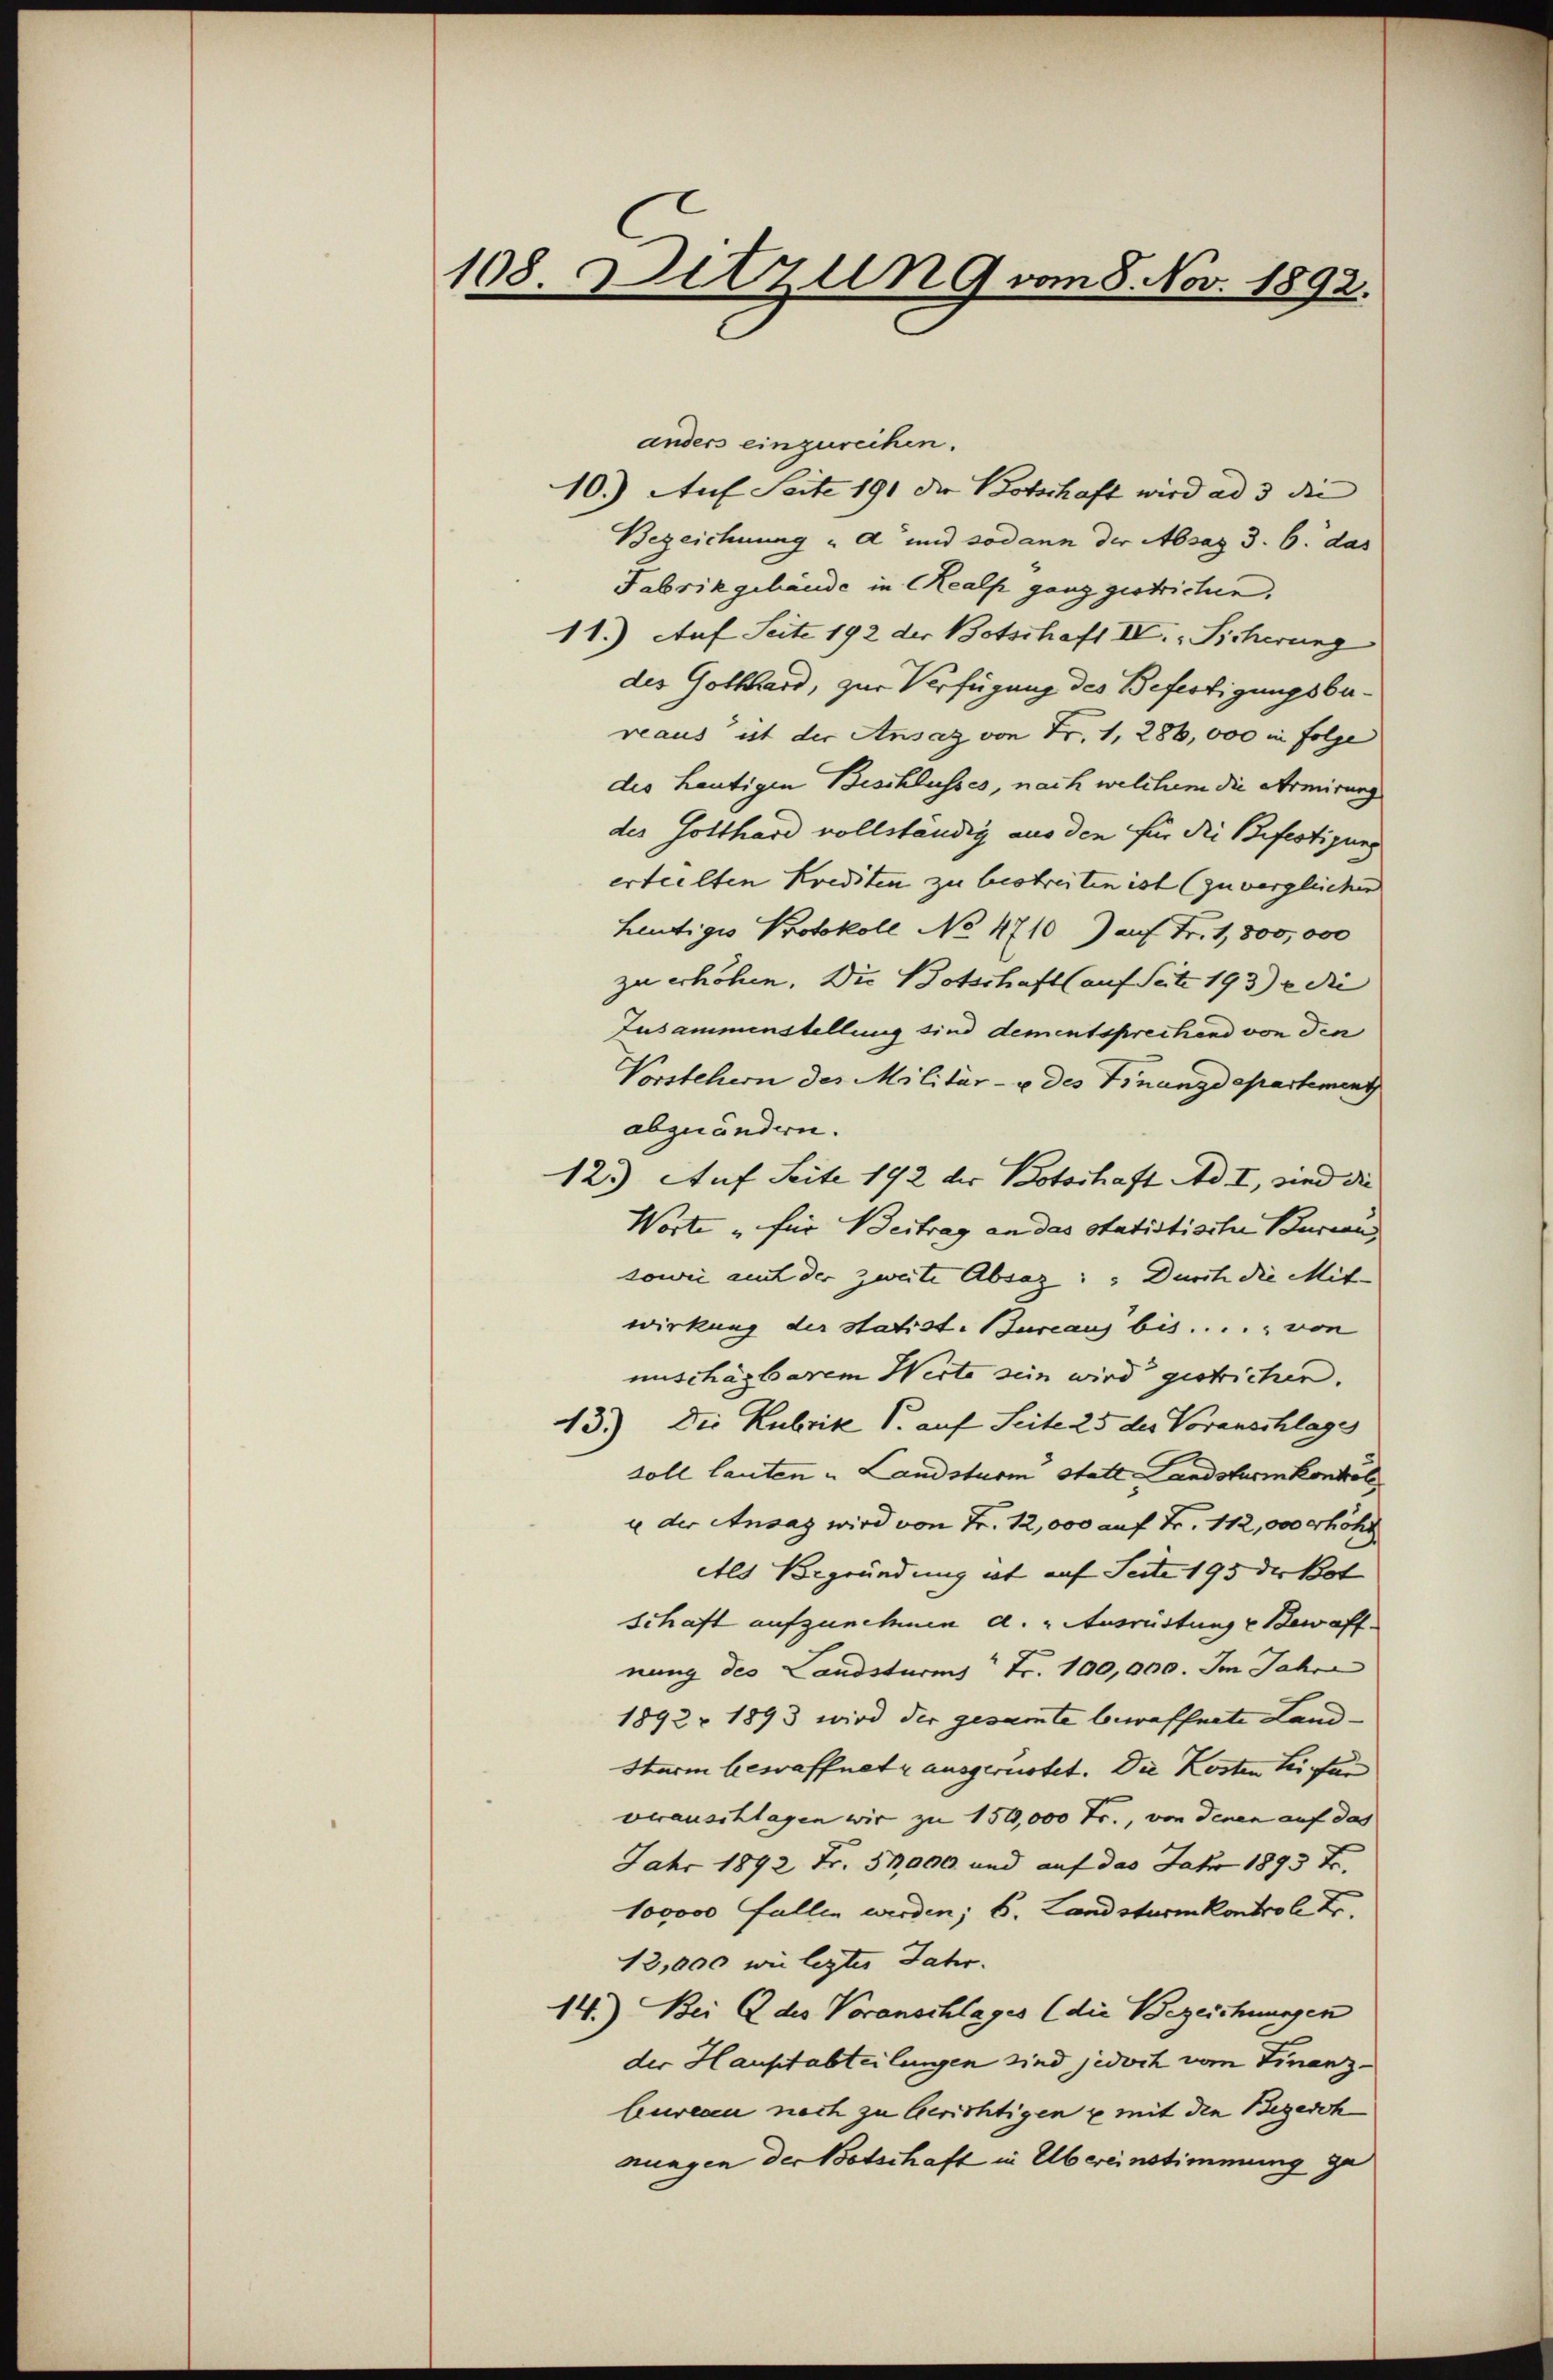
108. Detzun 9 vom 8. Nov. 1892.

anders einzureihen.
10.) Auf Seite 191 die Botschaft wird ad 3 die |
Bezeichnung "A und sodann der Absag 3. 6. das
Fabrikgebäude in (Realp ganz gestrichen,
11.) Auf Seite 192 der Botschaft IV., Sicherung
des Gotthard, zur Verfügung des Befertigungsbereaus ist der Ansaz von Fr. 1, 286,000 in Folge
des heutigen Beschlusses, nach welchem die Armirung
des Gotthard vollständig aus den für die Befestigung
erteilten Krediten zu bestreiten ist (zu vergleichen
heutiges Protokoll No 4710) auf Fr. 1,800,000
zu erhöhen. Die Botschaft (auf Seite 193) die
Zusammenstellung sind dementsprechend von den
Vorstehern des Militär- u des Finanzdepartement
abgeändern.
12.) Auf Seite 192 der Botschaft Ad I, sind die
Worte „für Beitrag an das statistische Bureau
sowie auf der zweite Absaz: Durch die Mit-
wirkung der statist. Bureaus bis . . . . . von
muschagbarem Werte sein wird gestrichen.
43.) Die Kubrike V. auf Seite 25 des Voranschlage
soll lauten u. Landsturm Statt Landsturmkontrole
u der Ansaz wird von Fr. 12,000 auf Fr. 112, 000 erhöht
Als Begründung ist auf Seite 195 der Bot
Schaft aufzunehmen d. " Ausrüstung u Bewaff
nung des Landsturmz" Fr. 100,000. Im Jahre
1892 - 1893 wird der gesamte bewaffnete Land¬
Sturm bewaffnet ausgerüstet. Die Kosten Leifen |
veranschlagen wir zu 150,000 Fr., von denen auf das
Jahr 1892 Fr. 51,000 und auf das Jahr 1893 Fr.
100000 Fallen werden; b. Landsturmkontrol tr
13,000 wie lezter Jahr.
14.) Bei 2 des Voranschlages (die Bezeichnungen
der Hauptabteilungen sind jedoch vom Finanz-
bureau nach zu Gerichtigen u mit den Begesch
nungen der Botschaft in Übereinstimmung ge